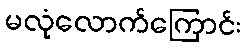
မလုံလောက်ကြောင်း